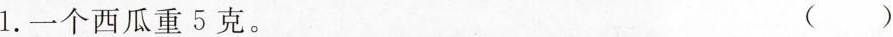
1.一个西瓜重5克。 ()